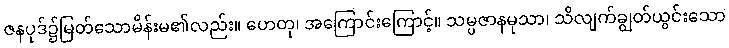
ဇနပုဒ်၌မြတ်သောမိန်းမ၏လည်း။ ဟေတု၊ အကြောင်းကြောင့်။ သမ္ပဇာနမုသာ၊ သိလျက်ချွတ်ယွင်းသော